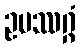
ဥပဿဂ္ဂံ